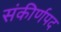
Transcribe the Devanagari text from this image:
संकीर्णपद